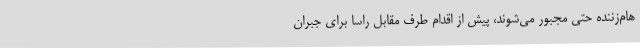
هام‌زننده حتی مجبور می‌شوند، پیش از اقدام طرف مقابل راسا برای جبران